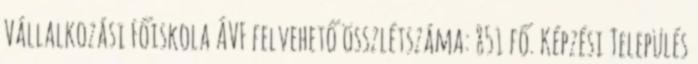
Vállalkozási Főiskola ÁVF felvehető összlétszáma: 851 fő. Képzési Település